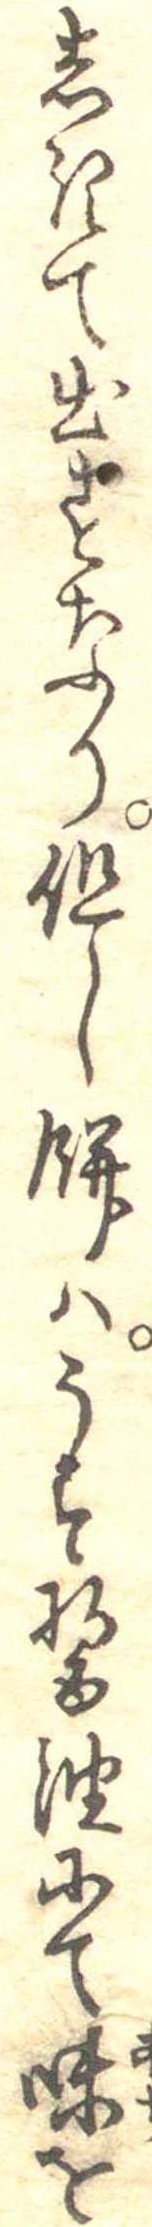
しきて出すなり但し餅はうす醤油にて味を